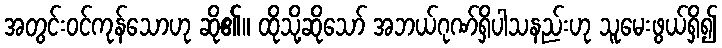
အတွင်းဝင်ကုန်သောဟု ဆို၏။ ထိုသို့ဆိုသော် အဘယ်ဂုဏ်ရှိပါသနည်းဟု သူမေးဖွယ်ရှိ၍